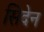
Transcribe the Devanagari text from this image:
सिदेन